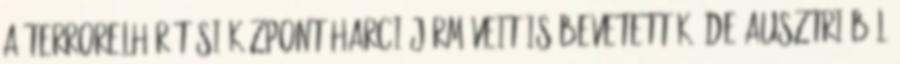
a Terrorelhárítási Központ harci járműveit is bevetették, de Ausztriából